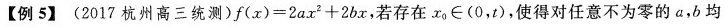
【例5】 (2017杭州高三统测) $$f ( x ) = 2 a x ^ { 2 } + 2 b x$$ ，若存在 $$x _ { 0 } \in ( 0 ， t )$$，使得对任意不为零的a，b均